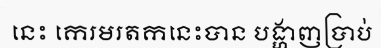
នេះ កេរមរតកនេះបាន បង្ហាញប្រាប់